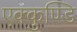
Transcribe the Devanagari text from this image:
एक्कुण्डि